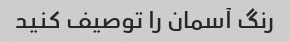
رنگ آسمان را توصیف کنید